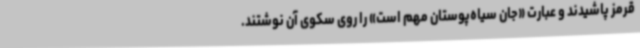
قرمز پاشیدند و عبارت «جان سیاه‌پوستان مهم است» را روی سکوی آن نوشتند.